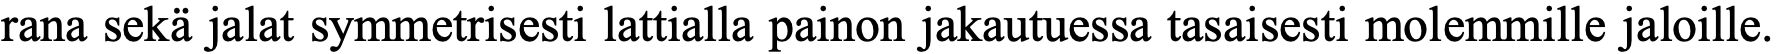
rana sekä jalat symmetrisesti lattialla painon jakautuessa tasaisesti molemmille jaloille.